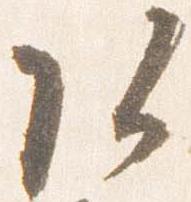
頭